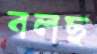
বলছ